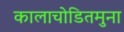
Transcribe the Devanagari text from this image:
कालाचोडितमुना